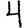
Digit: 4